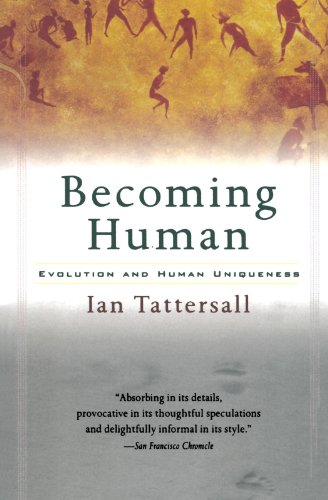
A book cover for Becoming Human: Evolution and Human Uniqueness; Ian Tattersall; Science & Math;